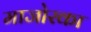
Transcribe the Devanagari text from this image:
माजोरका